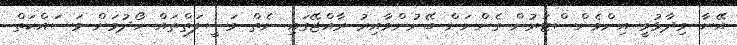
އޭނާ ވިދާޅުވީ އިންވެންސްޓަރުން ގެންނަން ބޭނުންވާއިރު ރާއްޖޭގައި ނެތް ވަސީލަތްތައް ހޯދުމަށް މަސައްކަތް